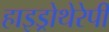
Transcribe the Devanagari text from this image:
हाइड्रोथेरेपी